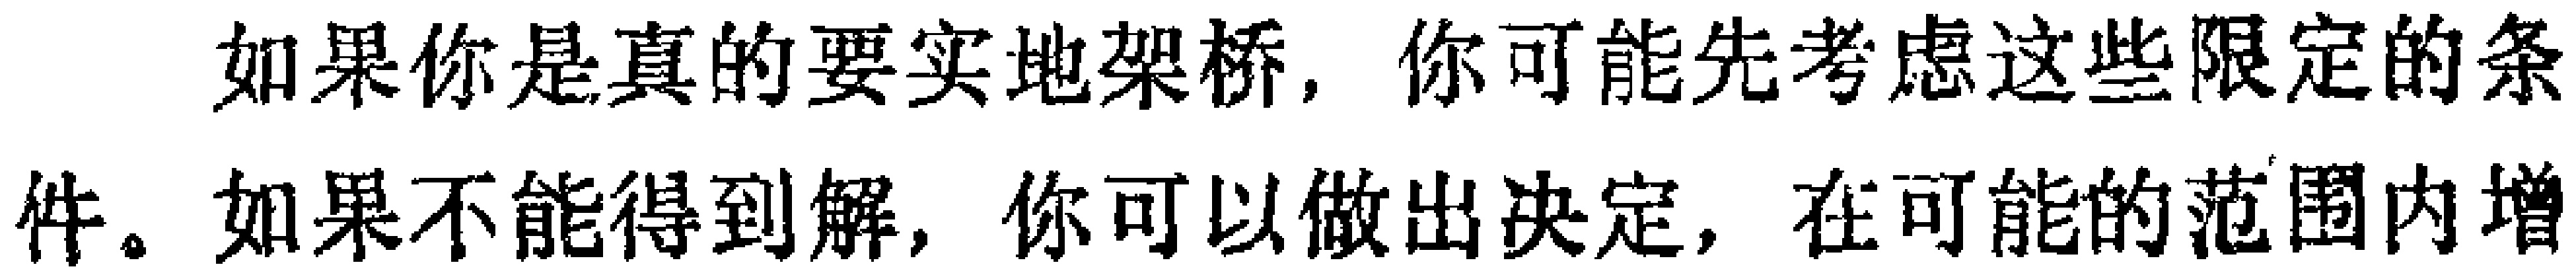
如果你是真的要实地架桥，你可能先考虑这些限定的条件。如果不能得到解，你可以做出决定，在可能的范围内增